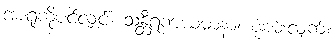
အာရုံကိုပင်လျှင်။ သန္တီရဏယမာနာ၊ စုံစမ်းလျက်။